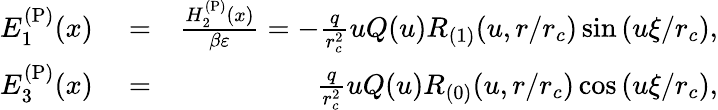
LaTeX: \begin{array}{rlr}{E_{1}^{\mathrm{(P)}}(x)}&{{}=}&{\frac{H_{2}^{\mathrm{(P)}}(x)}{\beta\varepsilon}=-\frac{q}{r_{c}^{2}}uQ(u)R_{(1)}(u,r/r_{c})\sin\left(u\xi/r_{c}\right),}\\ {E_{3}^{\mathrm{(P)}}(x)}&{{}=}&{\frac{q}{r_{c}^{2}}uQ(u)R_{(0)}(u,r/r_{c})\cos\left(u\xi/r_{c}\right),}\end{array}